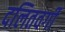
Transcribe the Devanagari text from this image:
दलितवर्गी